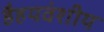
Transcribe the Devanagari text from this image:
हैहयवंशीय